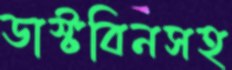
ডাস্টবিনসহ